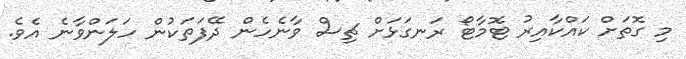
މި ގޮތަށް ކައްކާއިރު ޓޮމާޓޯ ރަނގަޅަށް ޗިސް ވާނެހެން ދޭފަތަކުން ހަލަންވާނެ އެވެ.